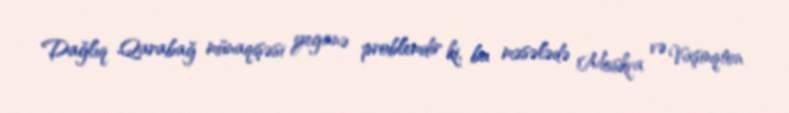
Dağlıq Qarabağ münaqişəsi yeganə problemdir ki, bu məsələdə Moskva və Vaşinqton